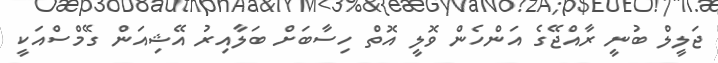
ޖަލީލް ބުނީ ރާއްޖޭގެ އަންހެން ވޮލީ އޮތް ހިސާބަށް ބަލާއިރު އޭޝިއަން ގޭމްސްއަކީ